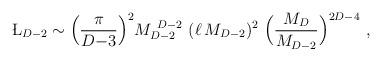
LaTeX: \begin{align*}\L_{D-2}\sim \Big({\pi\over D{-}3}\Big)^2M_{D-2}^{~D-2}~(\ell\,M_{D-2})^2~\Big({M_D\over M_{D-2}}\Big)^{2D-4}~, \end{align*}